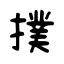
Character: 撲